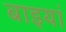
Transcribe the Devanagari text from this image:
बाइयां